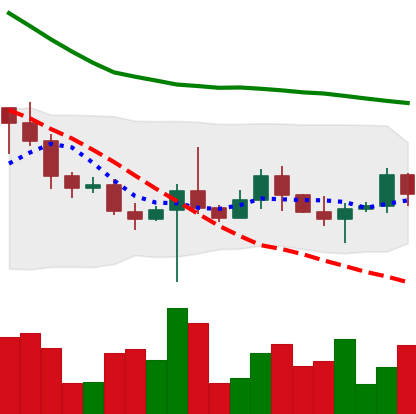
Ticker: BTC-USD
Chart end date: 2022-10-24
Forward return: 7.614%
Label: up_7plus